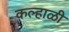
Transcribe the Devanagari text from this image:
कल्हाळी